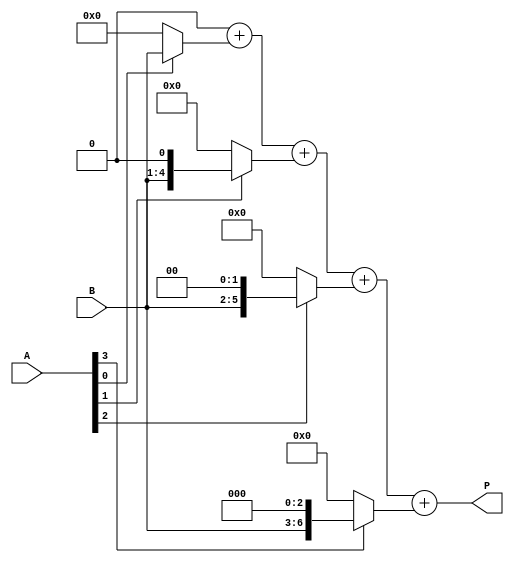
module vedic_multiplier #(parameter N = 4) (
    input [N-1:0] A,  // First multiplicand
    input [N-1:0] B,  // Second multiplicand
    output reg [2*N-1:0] P // Product
);

    // Intermediate signals for partial products
    reg [2*N-1:0] partial_product [0:N-1];
    integer i, j;

    // Generate partial products
    always @* begin
        // Initialize the product to zero
        P = 0;

        // Generate partial products
        for (i = 0; i < N; i = i + 1) begin
            partial_product[i] = A[i] ? (B << i) : 0;  // Shift B by i if A[i] is 1
        end

        // Add partial products
        for (j = 0; j < N; j = j + 1) begin
            P = P + partial_product[j];  // Summing all partial products
        end
    end

endmodule